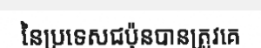
នៃប្រទេសជប៉ុនបានត្រូវគេ